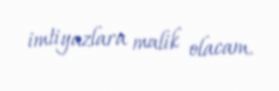
imtiyazlara malik olacam.